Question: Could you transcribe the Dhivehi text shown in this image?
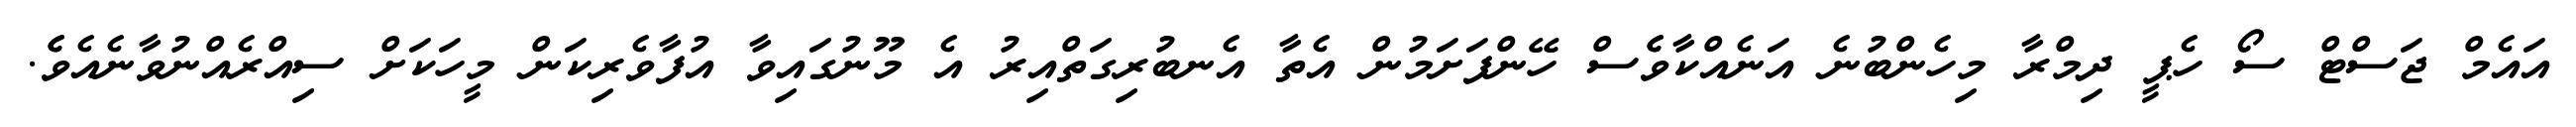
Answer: އައެމް ޖަސްޓް ސޯ ހެޕީ ދިމްރާ މިހެންބުނެ އަނެއްކާވެެސް ހޭންފަށަމުން އެތާ އެނބުރިގަތްއިރު އެ މޫނުގައިވާ އުފާވެރިކަން މީހަކަށް ސިއްރެއްނުވާނެއެވެެ.